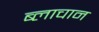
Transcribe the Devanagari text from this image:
ब्लाचान